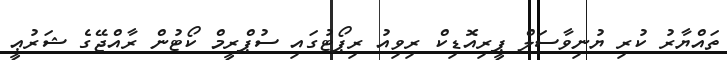
ތައްޔާރު ކުރި ޔުނިވާސަލް ޕީރިއޮޑިކް ރިވިއު ރިޕޯޓުގައި ސުޕްރީމް ކޯޓުން ރާއްޖޭގެ ޝަރުޢީ